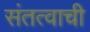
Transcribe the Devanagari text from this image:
संतत्वाची